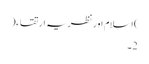
)اسلام اور نظریہ ارتقاء(
2۔